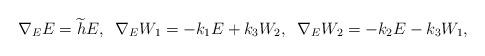
LaTeX: \begin{align*}\nabla_{E}E=\widetilde{h}E,\;\; \nabla_{E}W_{1}=-k_{1}E+k_{3}W_{2},\;\;\nabla_{E}W_{2}=-k_{2}E-k_{3}W_{1},\end{align*}